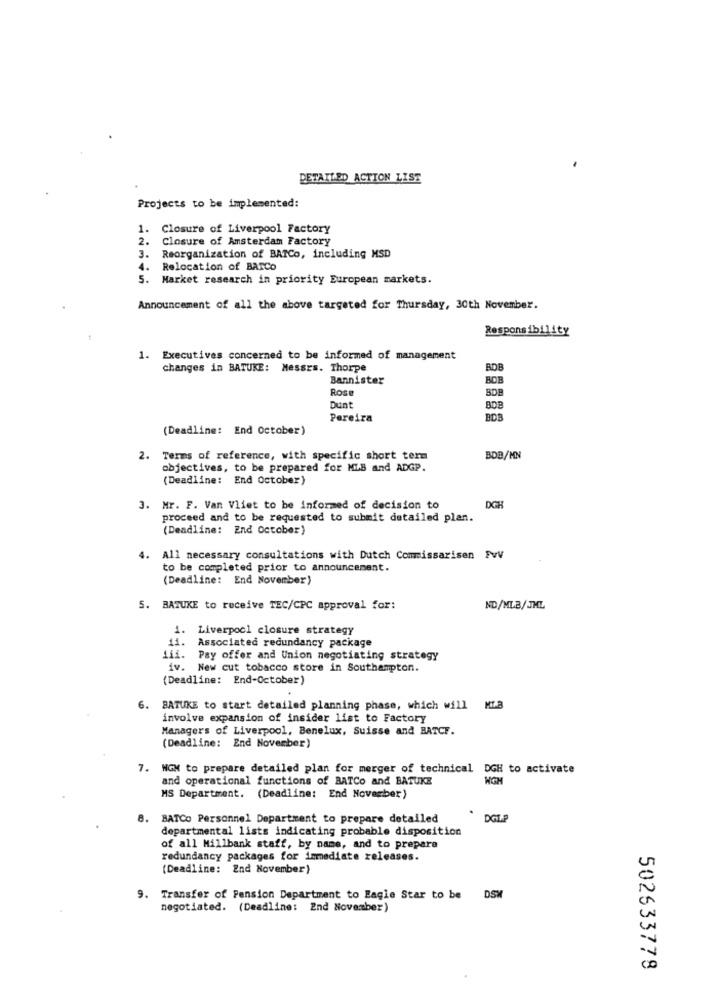
DETAILED ACTION LIST
Projects to be implemented:
1. Closure of Liverpool Factory
2. Closure of Amsterdam Factory
3. Reorganization of BATCo, including MSD
4. Relocation of BARCO
5. Market research in priority European markets.
Announcement of all the above targeted for Thursday, 30th November.
Responsibility
1. Executives concerned to be informed of management
changes in BATUKE: Messrs. Thorpe
Bannister
BOB
Rose
Dunt
Pereira
BDB
(Deadline: End October)
2. Terms of reference, with specific short term
BDB/MN
objectives, to be prepared for MLB and ADGP.
(Deadline: End October)
DGH
3. Mr. F. Van Vliet to be informed of decision to
proceed and to be requested to submit detailed plan.
(Deadline: End October)
4. All necessary consultations with Dutch Commissarisen FvV
to be completed prior to announcement.
(Deadline: End November)
5. BATUKE to receive TEC/CPC approval for:
ND/MLB/JML
1. Liverpool closure strategy
11.
Associated redundancy package
Lii. Pay offer and Union negotiating strategy
iv. New cut tobacco store in Southampton.
(Deadline: End-October)
6. BATUKE to start detailed planning phase, which will ML.3
involve expansion of insider list to Factory
Managers of Liverpool, Benelux, Suisse and BATCF.
(Deadline: End November)
7. NGM to prepare detailed plan for merger of technical DGH to activate
and operational functions of BATCo and BATUKE
MS Department. (Deadline: End November)
8. BATCo Personnel Department to prepare detailed
DGLP
departmental lists indicating probable disposition
of all Millbank staff, by name, and to prepare
redundancy packages for immediate releases.
(Deadline: End November)
9. Transfer of Pension Department to Eagle Star to be DSW
negotiated. (Deadline: 2nd November)
502633778